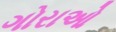
ગોરાઓ